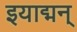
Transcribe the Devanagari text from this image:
इयाद्मन्